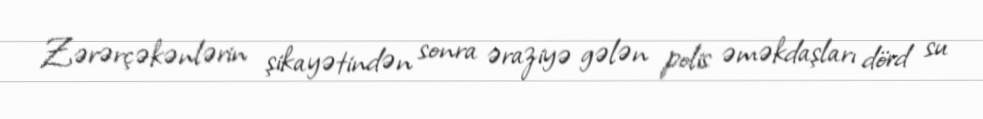
Zərərçəkənlərin şikayətindən sonra əraziyə gələn polis əməkdaşları dörd su